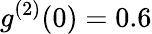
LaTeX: g^{(2)}(0)=0.6